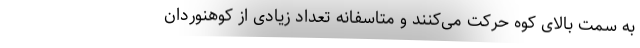
به سمت بالای کوه حرکت می‌کنند و متاسفانه تعداد زیادی از کوهنوردان